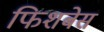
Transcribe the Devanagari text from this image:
फिशबेस